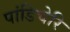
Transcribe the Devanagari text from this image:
पांडिचेरि